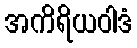
အကိရိယဝါဒံ